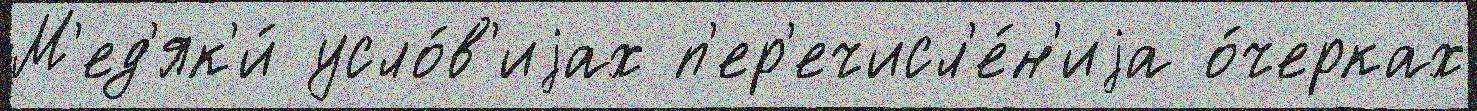
М'ед'як'и́ усло́в'иjах п'ер'ечисл'е́н'иjа о́черках